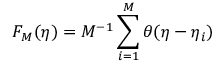
F _ { M } ( \eta ) = M ^ { - 1 } \sum _ { i = 1 } ^ { M } \theta ( \eta - \eta _ { i } )